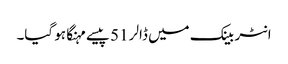
انٹر بینک میں ڈالر 51 پیسے مہنگا ہو گیا۔